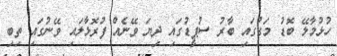
ހުޅުމާލޭ ބޮޑު މަގުގައި ބާރު ސުޕީޑުގައި ދިޔަ ވޭނެއް ފުރޮޅާލައި ވޭނުގައި ތިބި